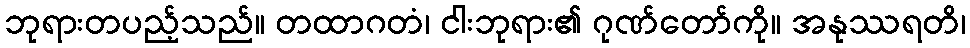
ဘုရားတပည့်သည်။ တထာဂတံ၊ ငါးဘုရား၏ ဂုဏ်တော်ကို။ အနုဿရတိ၊